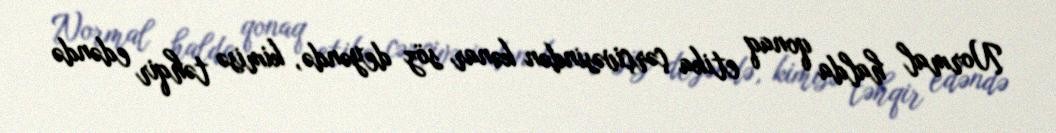
Normal halda qonaq etika çərçivəsindən kənar söz deyəndə, kimisə təhqir edəndə